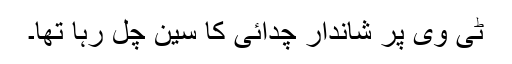
ٹی وی پر شاندار چدائی کا سین چل رہا تھا۔